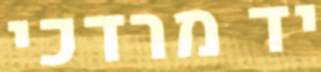
יד מרדכי